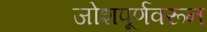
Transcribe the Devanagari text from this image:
जोशपूर्णवरून